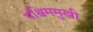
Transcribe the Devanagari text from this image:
पश्चिममुखी